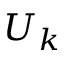
U _ { k }